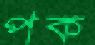
পক